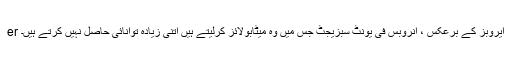
er ایروبز کے برعکس ، انروبس فی یونٹ سبزیجٹ جس میں وہ میٹابولائز کرلیتے ہیں اتنی زیادہ توانائی حاصل نہیں کرتے ہیں۔